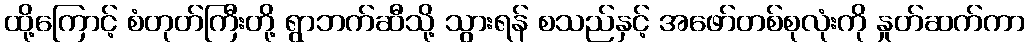
ထို့ကြောင့် စံတုတ်ကြီးတို့ ရွာဘက်ဆီသို့ သွားရန် စသည်နှင့် အဖော်တစ်စုလုံးကို နှုတ်ဆက်ကာ